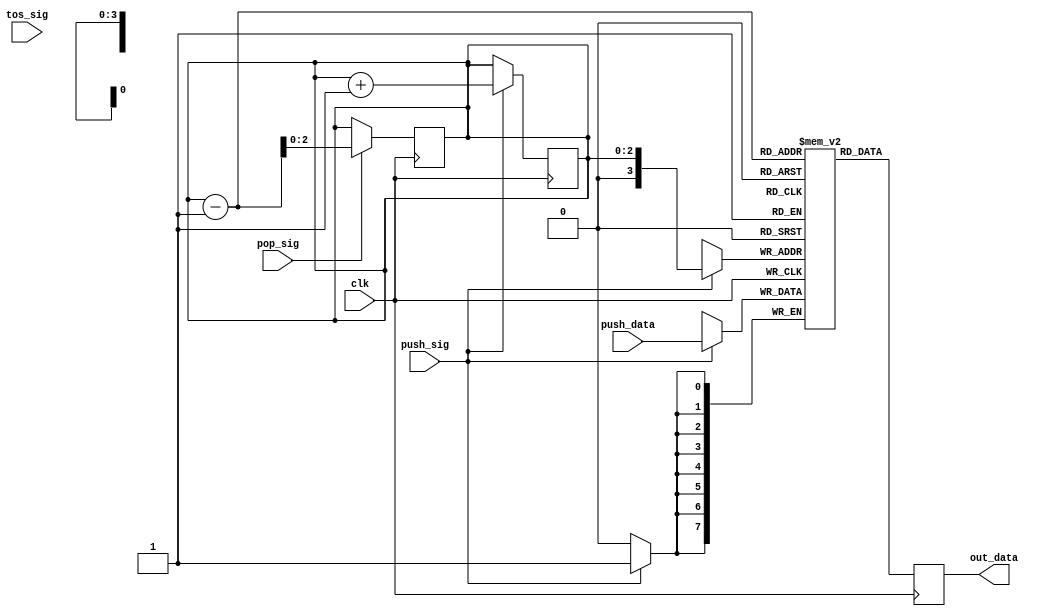
`timescale 1ns/1ns
module Stack(input push_sig, pop_sig, tos_sig, clk, input[7:0] push_data ,output reg [7:0] out_data);
  
  reg[7:0] data[11:0];
  reg[2:0] stack_pointer = 3'b0;
  
//  always @(tos_sig) begin
//  end

/*  always @(stack_pointer) begin
    if(tos_sig) begin
      out_data = data[stack_pointer - 1];
    end
  end */
 
//  always @(posedge clk) begin
//    out_data <= data[stack_pointer-1];
//  end
  //push
  always @(posedge clk) begin
    if(push_sig) begin
      data[stack_pointer] = push_data;
      stack_pointer = stack_pointer + 1;
    end
  end

  //pop
  always @(posedge clk) begin
    if(pop_sig) begin
      out_data = data[stack_pointer - 1];
      stack_pointer = stack_pointer - 1;
    end
    else begin
      out_data = data[stack_pointer - 1];
    end
  end
 
  /*always @(posedge clk, push_sig, tos_sig, pop_sig, push_data) begin
    if(push_sig) begin
      data[stack_pointer] = push_data;
      stack_pointer = stack_pointer + 1;
    end
    if(pop_sig) begin
      stack_pointer = stack_pointer - 1;
    end
  end */

  integer i;
  initial begin
    for(i = 0; i < 12; i = i + 1) begin: loop2
      $dumpvars(0, data[i]);
    end
  end
  
endmodule